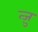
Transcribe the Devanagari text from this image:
त्ज़ु